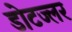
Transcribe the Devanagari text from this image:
डोटज्लर